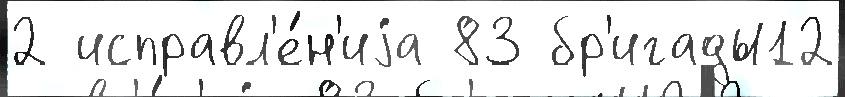
2 исправл'е́н'иjа 83 бр'игады12